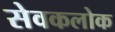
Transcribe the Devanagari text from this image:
सेवकलोक